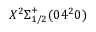
X ^ { 2 } \Sigma _ { 1 / 2 } ^ { + } ( 0 4 ^ { 2 } 0 )